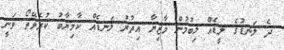
ދެ ލަނޑުގެ ލީޑެއް ލިބުމުން މާޒިޔާ އިތުރު ލަނޑެއް ކާމިޔާބު ކުރެވޭތޯ ވަނީ